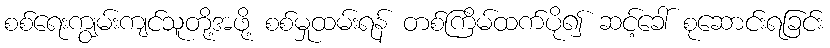
စစ်ရေးကျွမ်းကျင်သူတို့အဖို့ စစ်မှုထမ်းရန် တစ်ကြိမ်ထက်ပို၍ ဆင့်ခေါ် စုဆောင်းရခြင်း